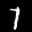
Label: 7